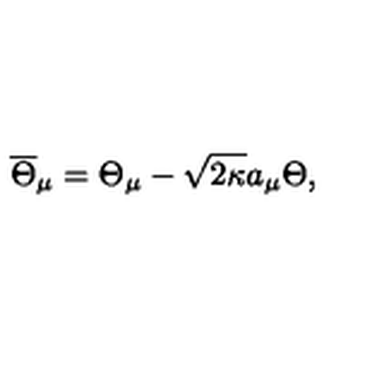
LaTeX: \overline { { \Theta } } _ { \mu } = \Theta _ { \mu } - \sqrt { 2 \kappa } a _ { \mu } \Theta ,